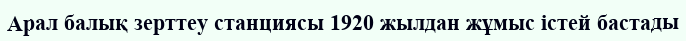
Арал балық зерттеу станциясы 1920 жылдан жұмыс істей бастады